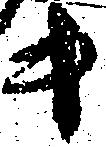
キ